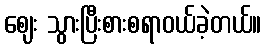
ဈေး သွားပြီးစားစရာဝယ်ခဲ့တယ်။